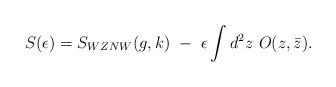
LaTeX: \begin{align*}S(\epsilon)=S_{WZNW}(g,k)~-~\epsilon\int d^2z~O(z,\bar z).\end{align*}